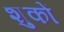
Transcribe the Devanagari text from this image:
शुकों